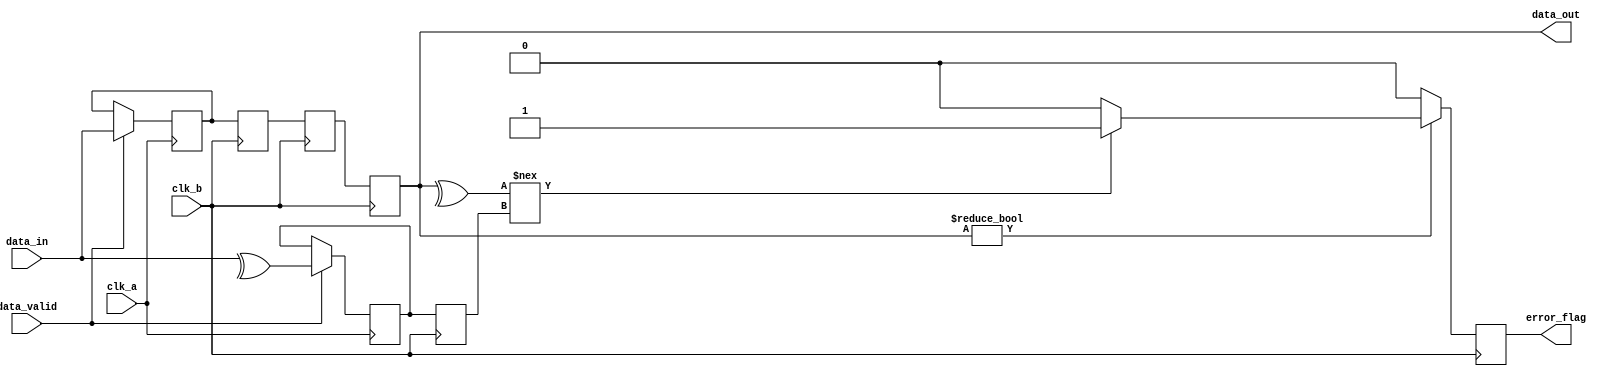
module cdc_with_error_detection (
    input wire clk_a,                // Clock for Domain A
    input wire clk_b,                // Clock for Domain B
    input wire [7:0] data_in,        // Data input from Domain A
    input wire data_valid,            // Signal indicating data is valid
    output reg [7:0] data_out,        // Data output to Domain B
    output reg error_flag             // Error detection flag
);

    // Intermediate signals
    reg [7:0] data_buffer;            // Buffer to hold data in Domain A
    reg [7:0] sync_ff1, sync_ff2;     // Synchronization flip-flops
    reg parity_bit;                   // Parity bit for error detection
    reg received_parity;              // Received parity bit in Domain B

    // Generate parity bit in Domain A
    always @(posedge clk_a) begin
        if (data_valid) begin
            data_buffer <= data_in;
            // Calculate parity (even parity)
            parity_bit <= ^data_in; // XOR all bits for parity
        end
    end

    // Synchronize data to Domain B
    always @(posedge clk_b) begin
        // Synchronize the data and parity through two stages
        sync_ff1 <= data_buffer;
        sync_ff2 <= sync_ff1;
        data_out <= sync_ff2;
        received_parity <= parity_bit; // Capture the parity for error checking
    end

    // Error detection logic
    always @(posedge clk_b) begin
        if (data_out != 8'b0) begin // Check if data is valid
            // Check parity
            if (^data_out !== received_parity) begin
                error_flag <= 1'b1; // Set error flag if parity does not match
            end else begin
                error_flag <= 1'b0; // Clear error flag if parity matches
            end
        end else begin
            error_flag <= 1'b0; // No error if data is zero (or invalid condition)
        end
    end

endmodule